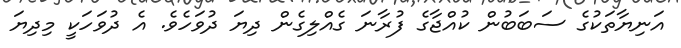
އަނިޔާތަކުގެ ސަބަބުން ކުއްޖާގެ ފުރާނަ ގެއްލިގެން ދިޔަ ދުވަހެވެ. އެ ދުވަހަކީ މިދިޔަ